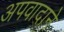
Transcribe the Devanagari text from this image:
अपवादाने